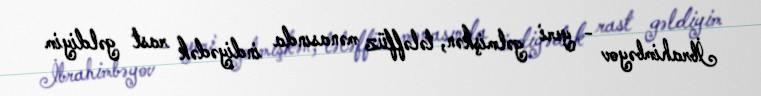
İbrahimbəyov - yeri gəlmişkən, tələffüz mənasında indiyədək rast gəldiyim